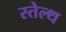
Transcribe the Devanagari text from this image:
स्तेल्थ